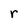
Character: r